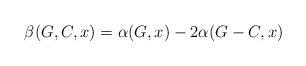
LaTeX: \begin{align*}\beta(G,C,x)=\alpha(G,x)-2\alpha(G-C,x)\end{align*}